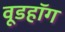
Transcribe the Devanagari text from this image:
वूडहॉग